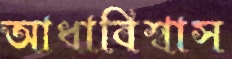
আধাবিশ্বাস